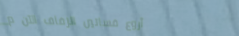
أروع فساتين الزفاف الآن م